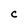
Character: C